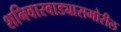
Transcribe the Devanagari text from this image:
शनिवारवाड्यासमोरील